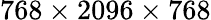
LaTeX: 768\times 2096\times 768